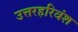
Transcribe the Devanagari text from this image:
उत्तरहरिवंश